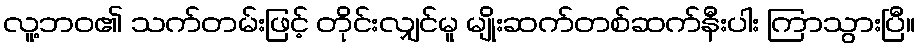
လူ့ဘဝ၏ သက်တမ်းဖြင့် တိုင်းလျှင်မူ မျိုးဆက်တစ်ဆက်နီးပါး ကြာသွားပြီ။